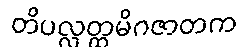
တိပလ္လတ္ထမိဂဇာတက